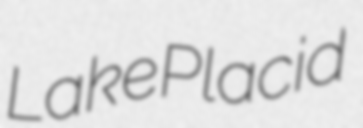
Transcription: Lake Placid